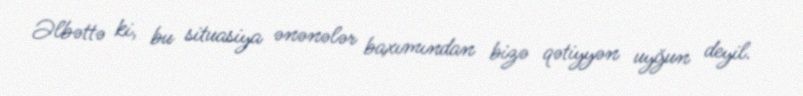
Əlbəttə ki, bu situasiya ənənələr baxımından bizə qətiyyən uyğun deyil.